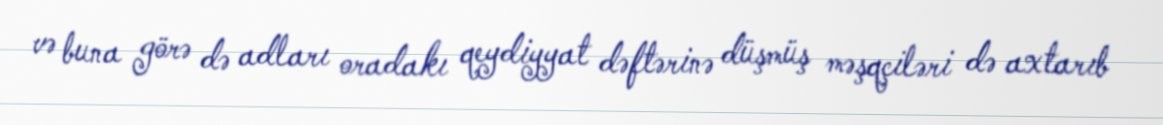
və buna görə də adları oradakı qeydiyyat dəftərinə düşmüş məşqçiləri də axtarıb